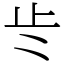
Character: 𭭚